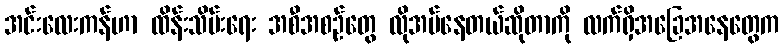
အင်းလေးကန်ဟာ ထိန်းသိမ်းရေး အစီအစဉ်တွေ လိုအပ်နေတယ်ဆိုတာကို လက်ရှိအခြေအနေတွေက